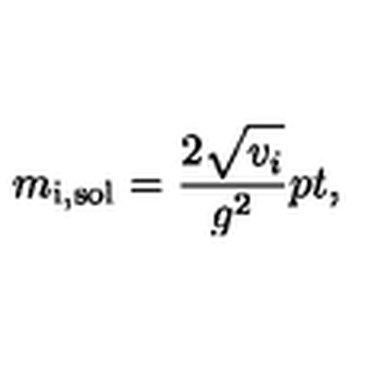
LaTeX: m _ { \mathrm { i , s o l } } = { \frac { 2 \sqrt { \mathstrut v _ { i } } } { g ^ { 2 } } } \raise 2 p t \mathrm { , }